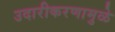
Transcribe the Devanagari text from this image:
उदारीकरणामुळे